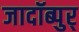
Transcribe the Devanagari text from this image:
जादॉब्पुर्